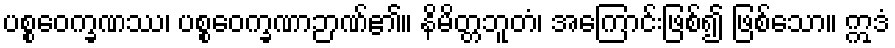
ပစ္စဝေက္ခဏဿ၊ ပစ္စဝေက္ခဏာဉာဏ်၏။ နိမိတ္တဘူတံ၊ အကြောင်းဖြစ်၍ ဖြစ်သော။ ဣဒံ